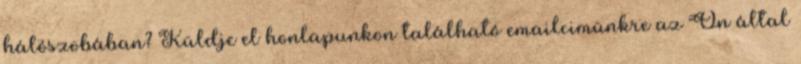
hálószobában? Küldje el honlapunkon található emailcimünkre az Ön által